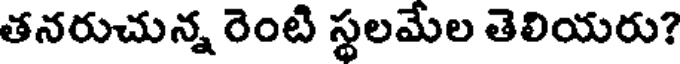
తనరుచున్న రెంటి స్థలమేల తెలియరు?